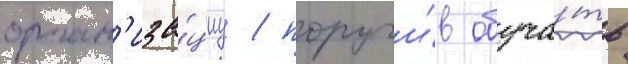
орган'иза́циу / поручи́в обуча́ть